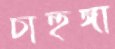
চাহুঙ্গা